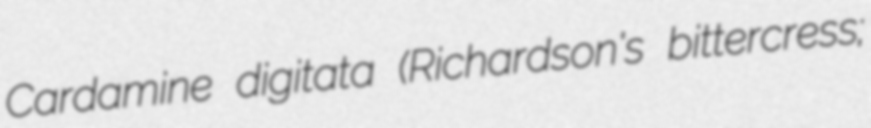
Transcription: Cardamine digitata (Richardson's bittercress;